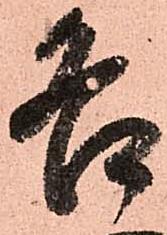
各